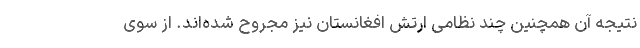
نتیجه آن همچنین چند نظامی ارتش افغانستان نیز مجروح شده‌‌اند. از سوی